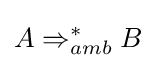
A\Rightarrow _{amb}^{*}B